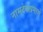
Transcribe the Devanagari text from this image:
नामदेवाप्रमाणे